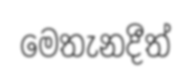
මෙතැනදීත්